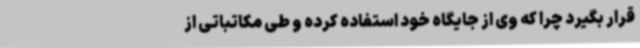
قرار بگیرد چرا که وی از جایگاه خود استفاده کرده و طی مکاتباتی از